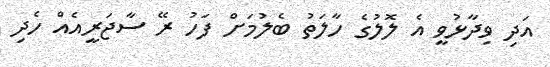
އަދި ވިދާޅުވީ އެ ލޮލުގެ ހާލަތު ބެލުމަށް ފަހު ރޭ ސާޖަރީއެއް ހެދި